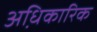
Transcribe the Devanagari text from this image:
अधि़कारिक